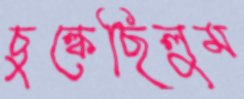
চুল্‌কেছিলুম